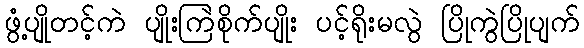
ဖွံ့ပျိုတင့်ကဲ ပျိုးကြဲစိုက်ပျိုး ပင့်ရိုးမလွဲ ပြိုကွဲပြိုပျက်